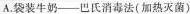
A.袋装牛奶--巴氏消毒法(加热灭菌)